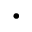
\cdot